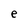
Character: e